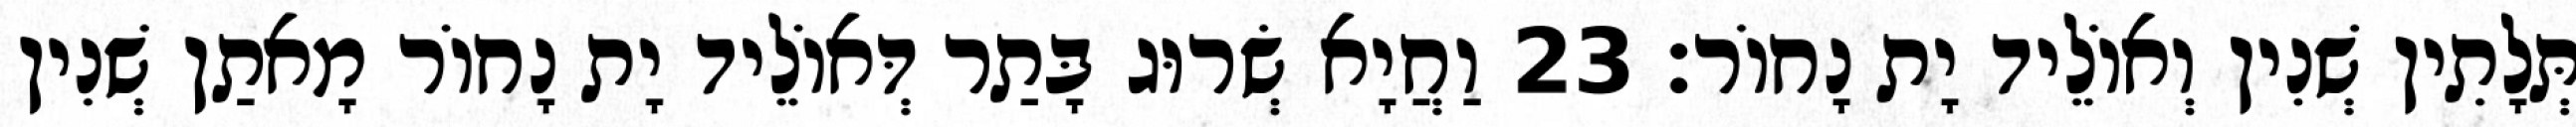
תְּלָתִין שְׁנִין וְאוֹלֵיד יָת נָחוֹר׃ 23 וַחֲיָא שְׂרוּג בָּתַר דְּאוֹלֵיד יָת נָחוֹר מָאתַן שְׁנִין